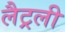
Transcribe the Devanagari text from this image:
लैट्रली